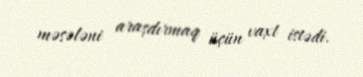
məsələni araşdırmaq üçün vaxt istədi.